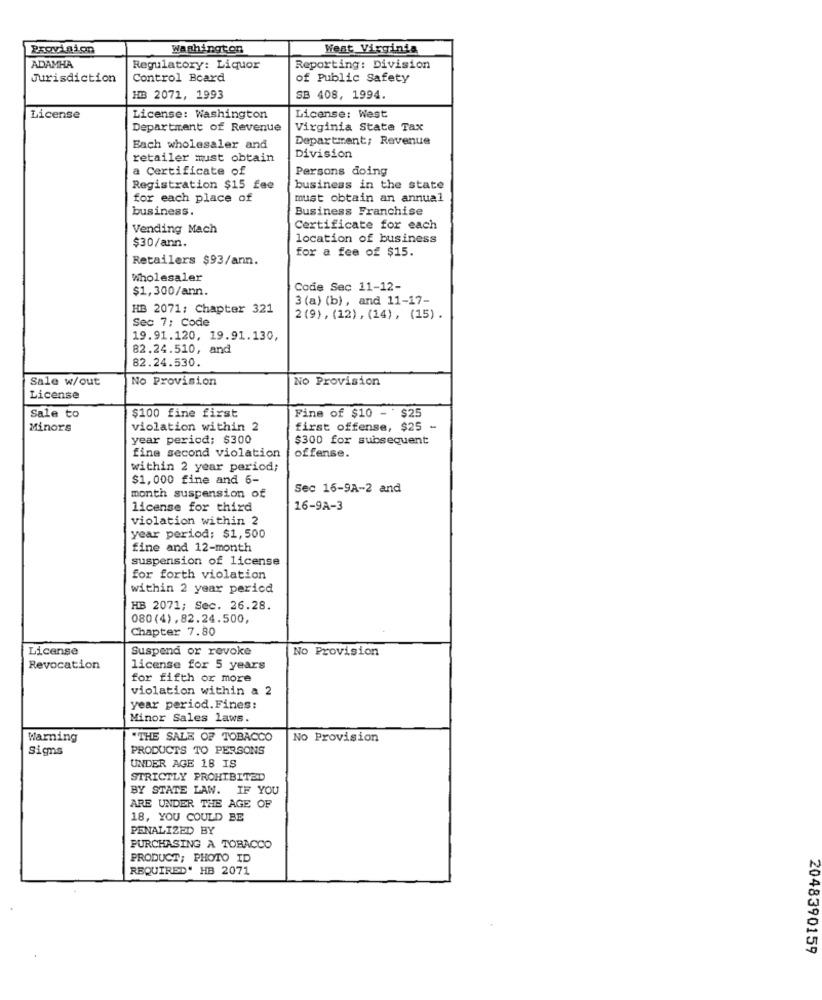
Provision
Washington
West Virginia
ADAMHA
Regulatory: Liquor
Reporting: Division
Jurisdiction
Control Board
of Public Safety
HB 2071, 1993
SB 408, 1994.
License
License: Washington
License: West
Department of Revenue
Virginia State Tax
Department; Revenue
Each wholesaler and
retailer must obtain
Division
a Certificate of
Persons doing
Registration $15 fee
business in the state
for each place of
must obtain an annual
business.
Business Franchise
Vending Mach
Certificate for each
location of business
$30/ann.
for a fee of $15.
Retailers $93/ann.
Wholesaler
$1,300/ann.
Code Sec 11-12-
3 (a) (b) , and 11-17-
HB 2071; Chapter 321
Sec 7; Code
2 (9) , (12) , (14) , (15) .
19.91.120, 19.91.130,
82.24.510, and
82.24.530.
Sale w/out
No Provision
No Provision
License
Fine of $10 - $25
Sale to
$100 fine first
Minors
violation within 2
first offense, $25 -
year period; $300
$300 for subsequent
fine second violation
offense.
within 2 year period;
$1,000 fine and 6-
Sec 16-9A-2 and
month suspension of
license for third
16-9A-3
violation within 2
year period: $1, 500
fine and 12-month
suspension of license
for forth violation
within 2 year period
HB 2071; Sec. 26.28.
080(4) ,82.24.500,
Chapter 7.80
License
Suspend or revoke
No Provision
Revocation
license for 5 years
for fifth or more
violation within a 2
year period. Fines:
Minor Sales laws.
Warning
"THE SALE OF TOBACCO
No Provision
Signs
PRODUCTS TO PERSONS
UNDER AGE 18 IS
STRICTLY PROHIBITED
BY STATE LAW. IF YOU
ARE UNDER THE AGE OF
18, YOU COULD BE
PENALIZED BY
PURCHASING A TOBACCO
PRODUCT; PHOTO ID
REQUIRED" HB 2071
2048390159